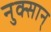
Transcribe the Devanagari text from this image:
नुक्सान्